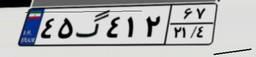
۷۱گ۸۴۹۴۱